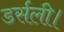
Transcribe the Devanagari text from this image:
डर्सली।